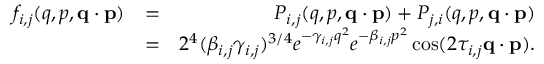
\begin{array} { r l r } { f _ { i , j } ( q , p , \ensuremath { \mathbf { q } } \cdot \ensuremath { \mathbf { p } } ) } & { = } & { P _ { i , j } ( q , p , \ensuremath { \mathbf { q } } \cdot \ensuremath { \mathbf { p } } ) + P _ { j , i } ( q , p , \ensuremath { \mathbf { q } } \cdot \ensuremath { \mathbf { p } } ) } \\ & { = } & { 2 ^ { 4 } ( \beta _ { i , j } \gamma _ { i , j } ) ^ { 3 / 4 } e ^ { - \gamma _ { i , j } q ^ { 2 } } e ^ { - \beta _ { i , j } p ^ { 2 } } \cos ( 2 \tau _ { i , j } \ensuremath { \mathbf { q } } \cdot \ensuremath { \mathbf { p } } ) . } \end{array}